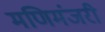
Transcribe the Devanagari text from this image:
मणिमंजरी